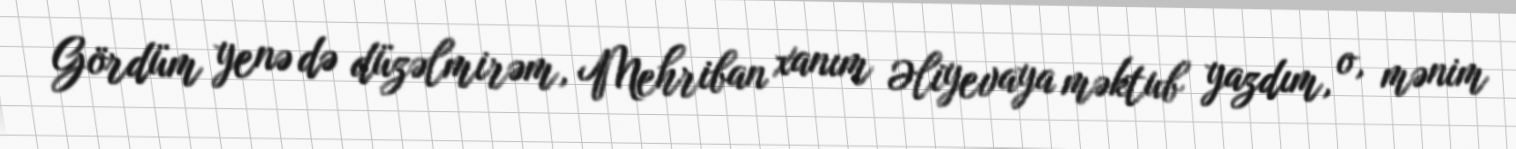
Gördüm yenə də düzəlmirəm, Mehriban xanım Əliyevaya məktub yazdım, o, mənim